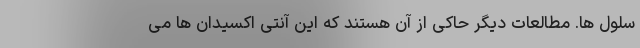
سلول ها. مطالعات دیگر حاکی از آن هستند که این آنتی اکسیدان ها می